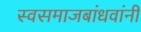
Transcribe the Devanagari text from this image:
स्वसमाजबांधवांनी